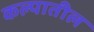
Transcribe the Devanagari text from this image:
कल्पातील